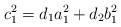
LaTeX: \begin{align*}c_1^2=d_1a_1^2+d_2b_1^2\end{align*}